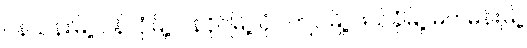
ပန်ယန်းမြို့၊ ပန်လုံမြို့၊ ပန်ဝိုင်မြို့၊ ပုံပါကျင်မြို့၊ ဖယ်ခုံမြို့၊ မက်မန်းမြို့၊